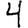
Digit: 4